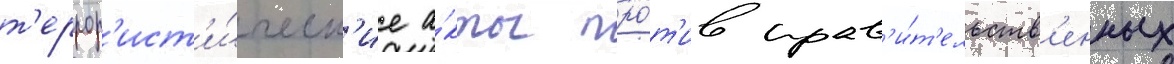
т'еррор'ист'и́ческ'ие а́кты про́т'ив прав'и́т'ельств'енных